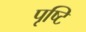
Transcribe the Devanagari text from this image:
पृष्टि